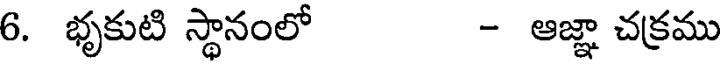
6. భృకుటి స్థానంలో - ఆజ్ఞా చక్రము